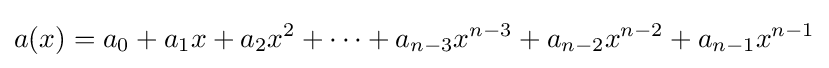
a(x)=a_{0}+a_{1}x+a_{2}x^{2}+\cdots +a_{n-3}x^{n-3}+a_{n-2}x^{n-2}+a_{n-1}x^{n-1}